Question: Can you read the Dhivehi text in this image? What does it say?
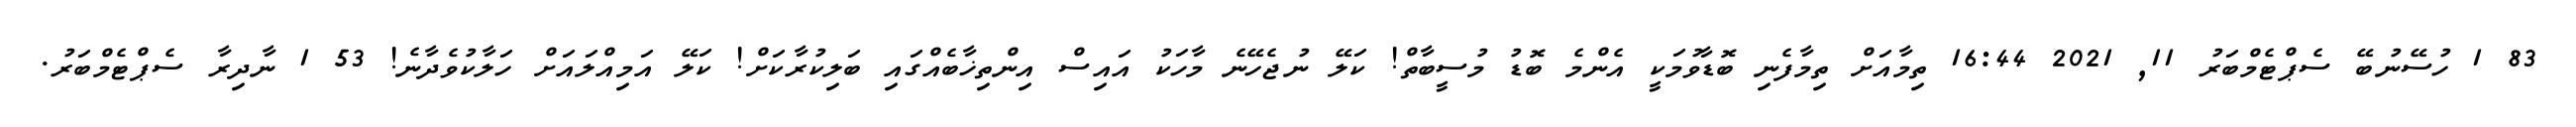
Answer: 83 1 ހުސޭނުބޭ ސެޕްޓެމްބަރު 11, 2021 16:44 ތިމާއަށް ތިމާފެނި ބޮޑާވުމަކީ އެންމެ ބޮޑު މުސީބާތް! ކަލޭ ނުޖެހޭނެ މާހަކު އައިސް އިންތިޚާބެއްގައި ބަލިކުރާކަށް! ކަލޭ އަމިއްލައަށް ހަލާކުވެދާނެ! 53 1 ނާދިރާ ސެޕްޓެމްބަރު.